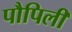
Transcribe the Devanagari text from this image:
पौपिली